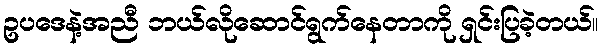
ဥပဒေနဲ့အညီ ဘယ်လိုဆောင်ရွက်နေတာကို ရှင်းပြခဲ့တယ်။